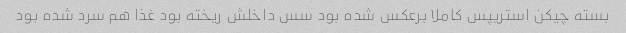
بسته چیکن استریپس کاملا برعکس شده بود سس داخلش ریخته بود غذا هم سرد شده بود